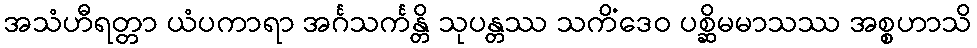
အသံဟီရတ္တာ ယံပကာရာ အင်္ဂသင်္ကန္တိ သုပန္တဿ သကိံဒေဝ ပစ္ဆိမမာသဿ အစ္စဟာသိ